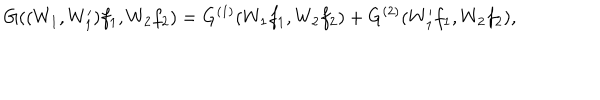
LaTeX: G ( ( W _ { 1 } , W _ { 1 } ^ { \prime } ) f _ { 1 } , W _ { 2 } f _ { 2 } ) = G ^ { ( 1 ) } ( W _ { 1 } f _ { 1 } , W _ { 2 } f _ { 2 } ) + G ^ { ( 2 ) } ( W _ { 1 } ^ { \prime } f _ { 1 } , W _ { 2 } f _ { 2 } ) ,